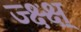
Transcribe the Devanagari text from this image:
ज्क्ष्क्ष्